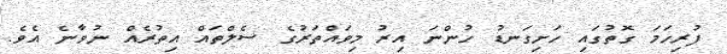
ފުރިހަމަ ގޮތުގައި ހަށިގަނޑު ހުންނަ އިރު މިވައްތަރުގެ ސެލްތައް އިތުރެއް ނުވާނެ އެވެ.